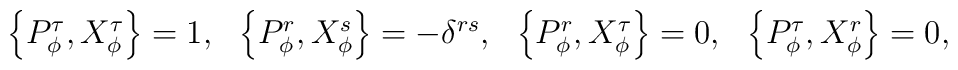
\begin{array}{cccc}\left\{ P_{\phi}^\tau ,X_{\phi}^\tau \right\} =1, & \left\{ P^r_{\phi},X_{\phi}^s \right\} =-\delta ^{rs}, & \left\{ P_{\phi}^r,X_{\phi}^\tau \right\}=0, & \left\{ P_{\phi}^\tau ,X_{\phi}^r\right\} =0,\end{array}